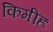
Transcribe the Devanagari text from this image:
किमीहः